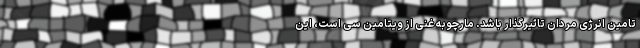
تامین انرژی مردان تاثیرگذار باشد. مارچوبه غنی از ویتامین سی است، این